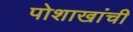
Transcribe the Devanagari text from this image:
पोशाखांची